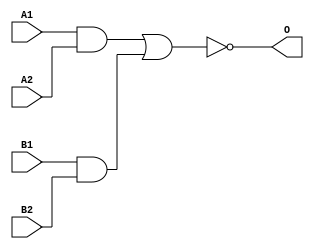
module JCMUX2B(A1, A2, B1, B2, O);
input   A1;
input   A2;
input   B1;
input   B2;
output  O;
and g0(w0, A1, A2);
and g1(w3, B1, B2);
nor g2(O, w0, w3);
endmodule